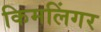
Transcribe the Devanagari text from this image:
किमलिंगर